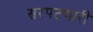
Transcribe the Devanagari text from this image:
सरपटणारी